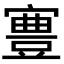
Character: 𡫋